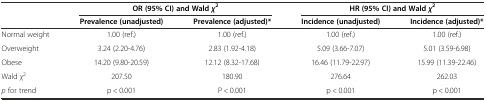
<table><thead><tr><td>[EMPTY_CELL]</td><td colspan="2"><b>OR (95% CI) and Wald <i>χ</i><sup>2</sup></b></td><td colspan="2"><b>HR (95% CI) and Wald <i>χ</i><sup>2</sup></b></td></tr><tr><td>[EMPTY_CELL]</td><td><b>Prevalence (unadjusted)</b></td><td><b>Prevalence (adjusted)*</b></td><td><b>Incidence (unadjusted)</b></td><td><b>Incidence (adjusted)*</b></td></tr></thead><tbody><tr><td>Normal weight</td><td>1.00 (ref.)</td><td>1.00 (ref.)</td><td>1.00 (ref.)</td><td>1.00 (ref.)</td></tr><tr><td>Overweight</td><td>3.24 (2.20-4.76)</td><td>2.83 (1.92-4.18)</td><td>5.09 (3.66-7.07)</td><td>5.01 (3.59-6.98)</td></tr><tr><td>Obese</td><td>14.20 (9.80-20.59)</td><td>12.12 (8.32-17.68)</td><td>16.46 (11.79-22.97)</td><td>15.99 (11.39-22.46)</td></tr><tr><td>Wald <i>χ</i><sup>2</sup></td><td>207.50</td><td>180.90</td><td>276.64</td><td>262.03</td></tr><tr><td><i>p</i> for trend</td><td>p &lt; 0.001</td><td>P &lt; 0.001</td><td>p &lt; 0.001</td><td>p &lt; 0.001</td></tr></tbody></table>